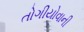
તોગીયોવાની